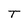
Character: T